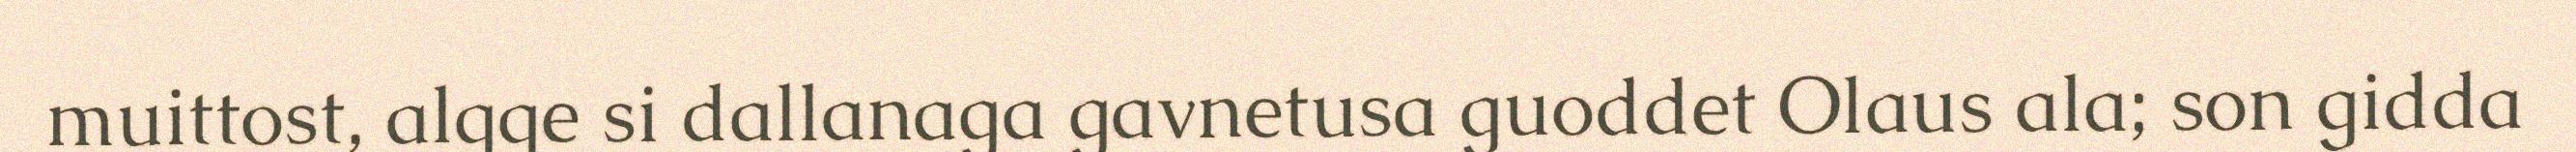
muittost, algge si dallanaga gavnetusa guoddet Olaus ala; son gidda